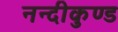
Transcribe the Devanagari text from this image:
नन्दीकुण्ड